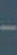
-